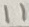
Text: 11